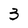
Character: 3